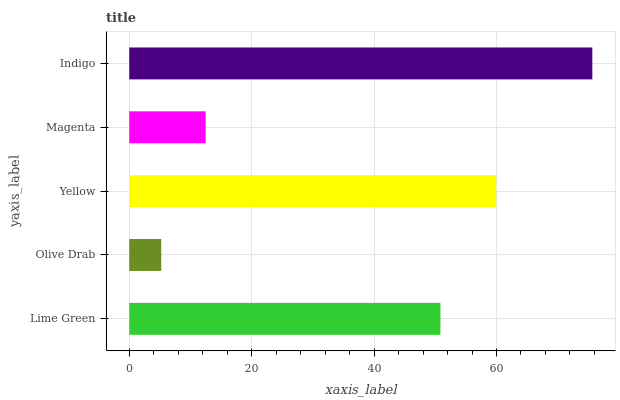
| yaxis_label | bars |
 | --- | --- |
 | Lime Green | 50.8 |
 | Olive Drab | 5.23 |
 | Yellow | 60 |
 | Magenta | 12.5 |
 | Indigo | 75.7 |